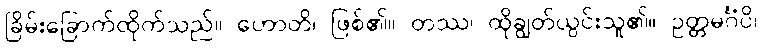
ခြိမ်းခြောက်ထိုက်သည်။ ဟောတိ၊ ဖြစ်၏။ တဿ၊ ထိုချွတ်ယွင်းသူ၏။ ဥတ္တမင်္ဂံပိ၊